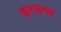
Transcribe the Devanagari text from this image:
झरज़यह